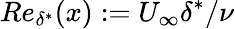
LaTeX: Re_{\delta^{*}}(x):=U_{\infty}\delta^{*}/\nu